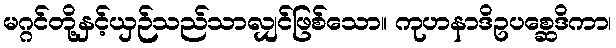
မဂ္ဂင်တို့နှင့်ယှဉ်သည်သာလျှင်ဖြစ်သော။ ကုဟနာဒိဥပစ္ဆေဒိကာ၊